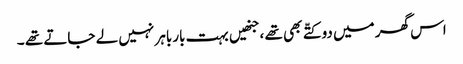
اس گھر میں دو کتّے بھی تھے ،جنھیں بہت بارباہر نہیں لے جاتے تھے ۔